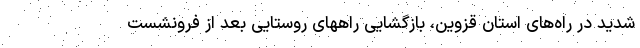
شدید در راه‌های استان قزوین، بازگشایی راههای روستایی بعد از فرونشست